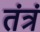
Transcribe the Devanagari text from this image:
तंत्रं